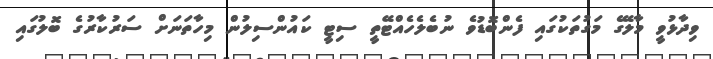
ވިދާޅުވީ މާލޭގެ މަގުތަކުގައި ފެންބޮޑުވެ ނުބެލެހެއްޓޭތީ ސިޓީ ކައުންސިލުން މިހާތަނަށް ސަރުކާރުގެ ބޮލުގައި